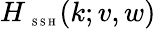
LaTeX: H_{\mathrm{~\tiny~S~S~H~}}(k;v,w)